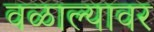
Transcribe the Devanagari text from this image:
वळाल्यावर